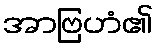
အာဗြဟံ၏